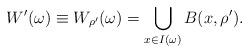
LaTeX: \begin{align*}W'(\omega) \equiv W_{\rho'}(\omega) = \bigcup_{x \in I(\omega)}B(x,\rho'). \end{align*}